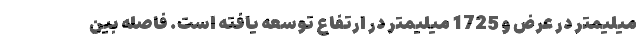
میلیمتر در عرض و 1725 میلیمتر در ارتفاع توسعه یافته است. فاصله بین